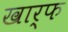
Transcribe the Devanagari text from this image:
खार्फ